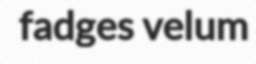
fadges velum